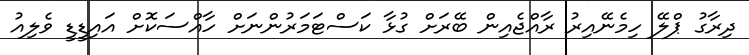
ދިރާގު ޕްލޭ ހިމެނޭއިރު ރާއްޖެއިން ބޭރަށް ގުޅާ ކަސްޓަމަރުންނަށް ހާއްސަކޮށް އައިޑީޑީ ވެލިއު